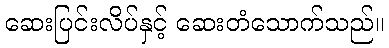
ဆေးပြင်းလိပ်နှင့် ဆေးတံသောက်သည်။